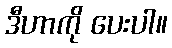
ဒီဟာကို ပေးပါ။